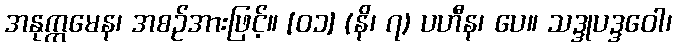
အနုက္ကမေန၊ အစဉ်အားဖြင့်။ [၀၁] (နိ၊ ၇) ပဟီန၊ ပေ။ သဒ္ဒုပဒ္ဒဝေါ၊